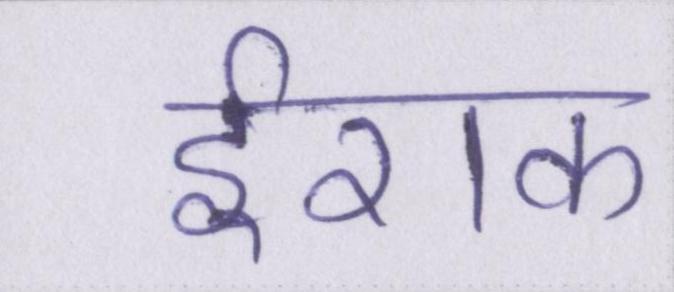
ईराक